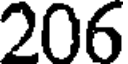
206